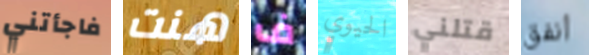
فاجأتني هنت ف الحيوي قتلني أنفق